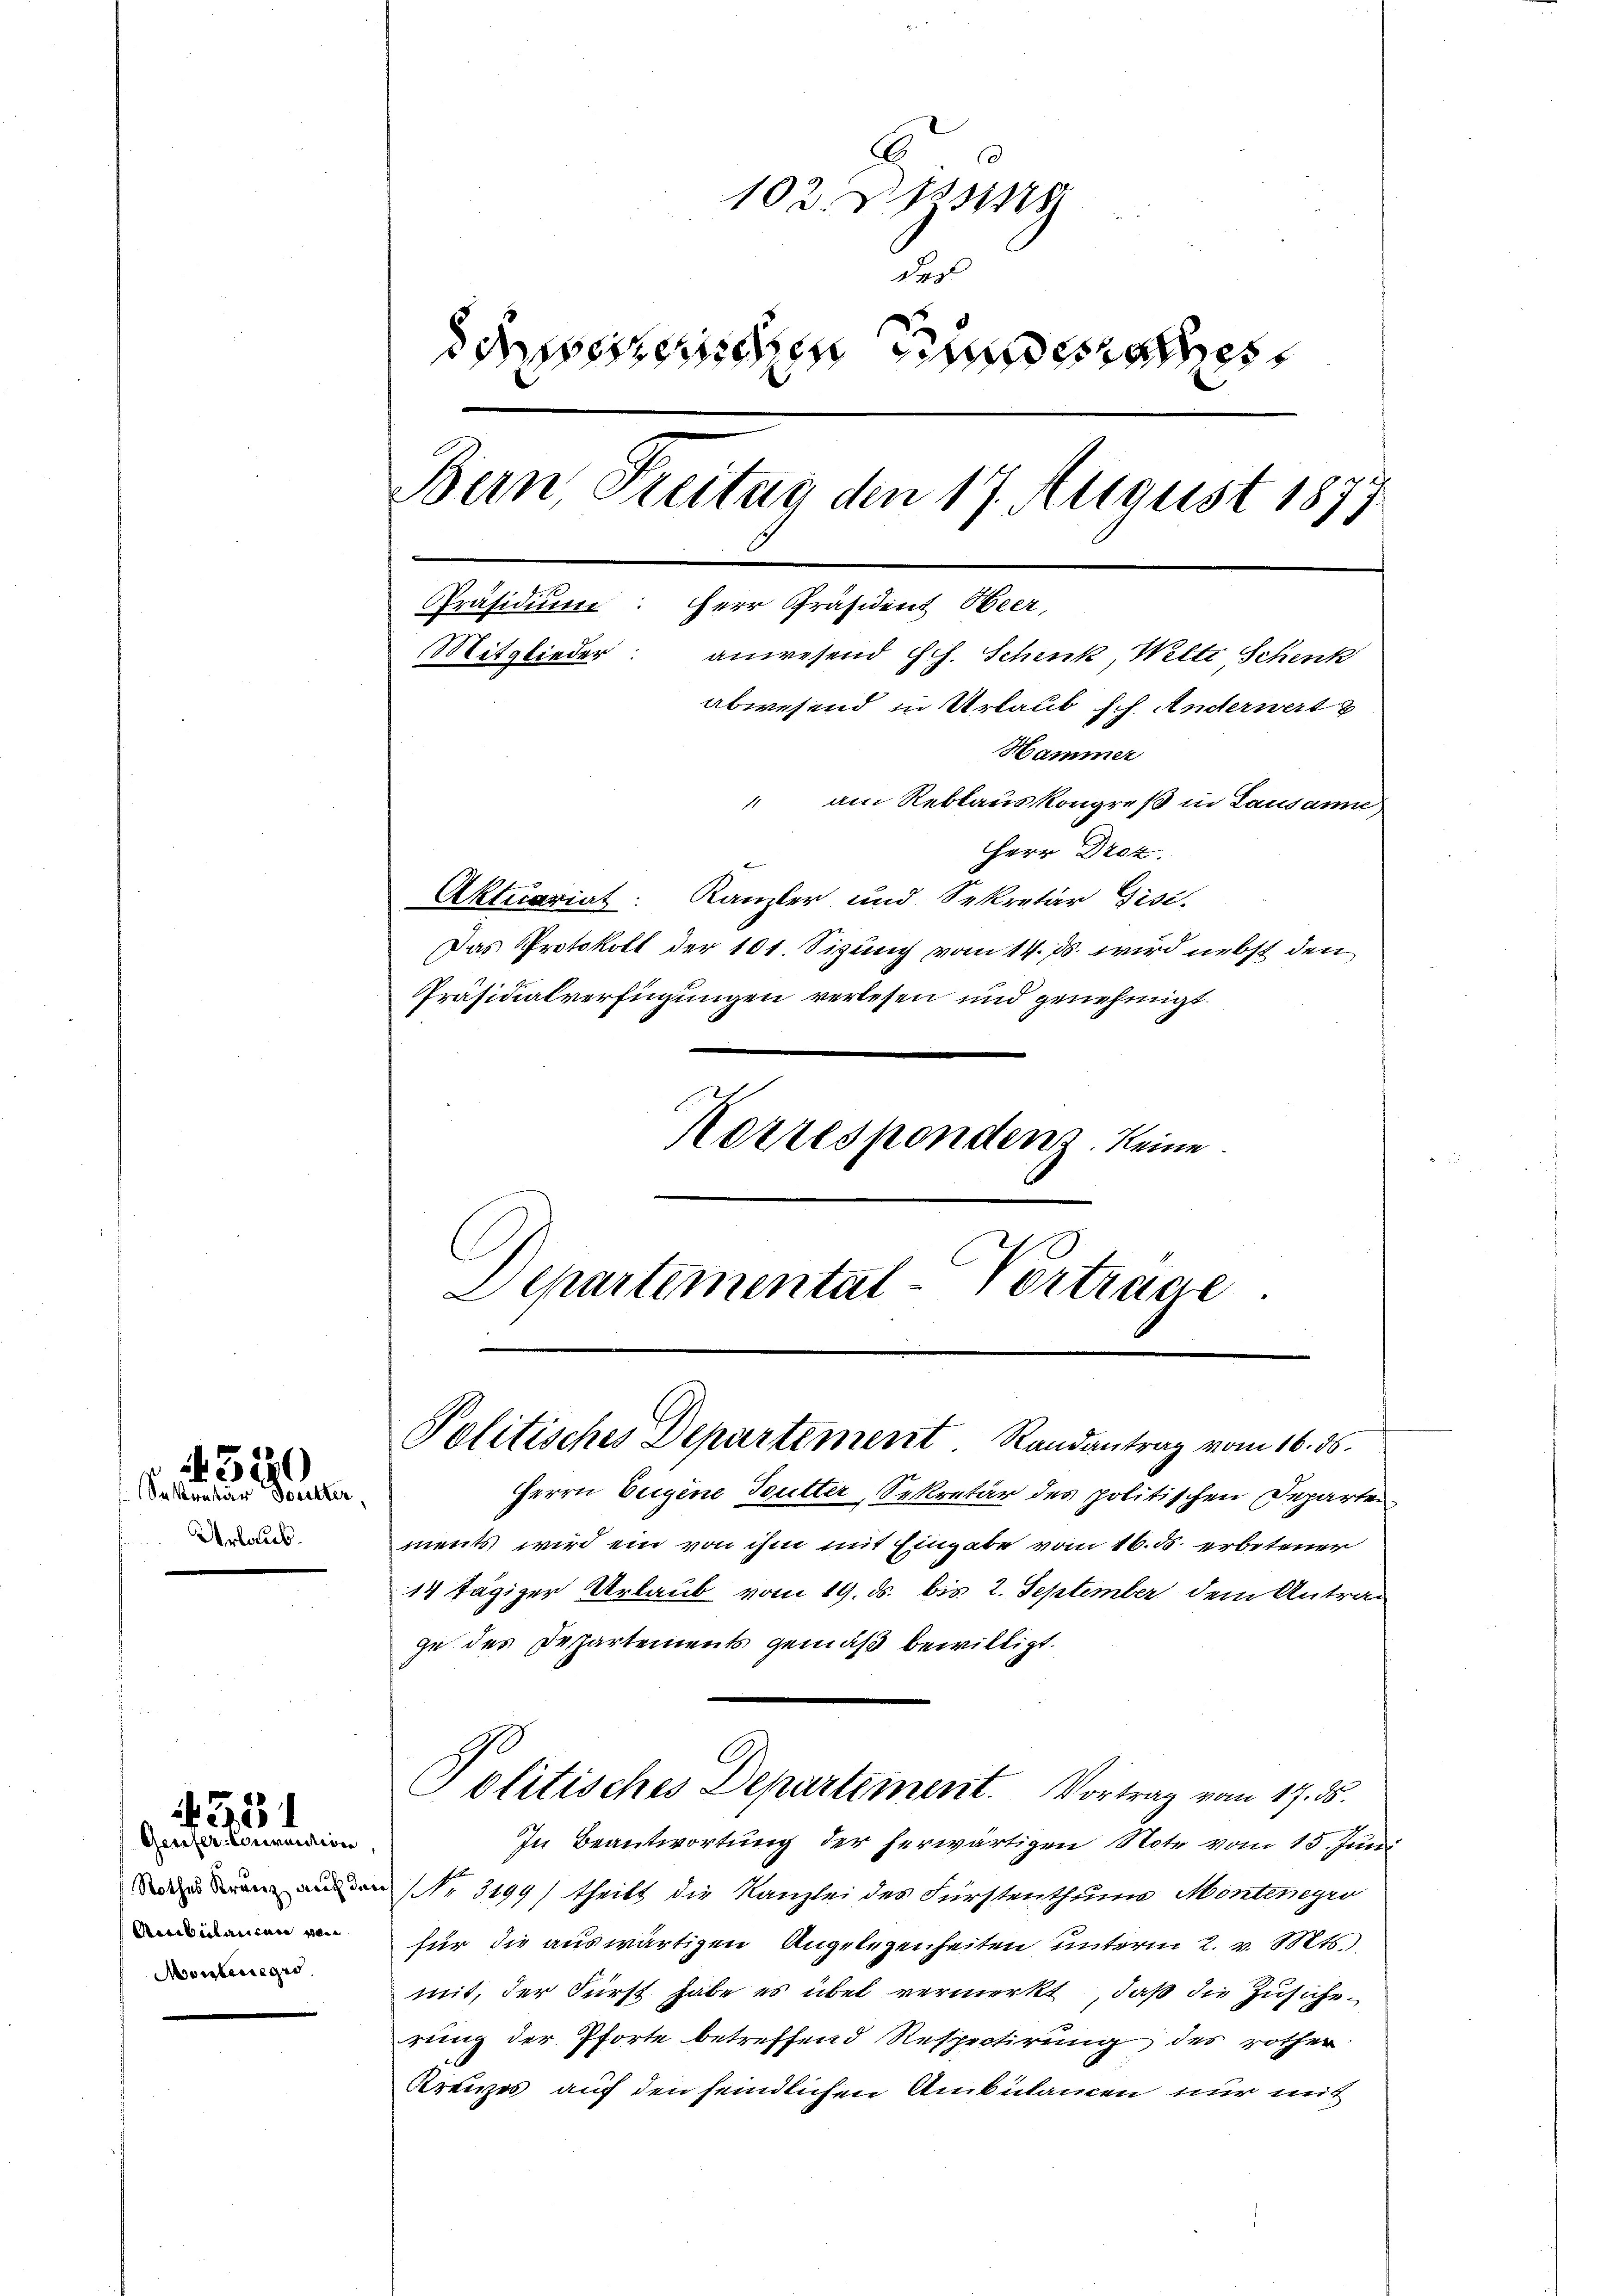
550
Sekretär Butter,

Urlaub.

Genfer-Convention
Ambülancen von
Monberegis

433

102. Z. 18
Das
desserenden Bundesrathes
Bern, Freitag den 17. August 1871
Präsidium: Herr Präsident Beer,
Mitglieder
anwesend Hch. Schenk, Welti Schenk
abwesend in Urlaub sch. Anderwert
Hammer
 am Reblauskongreß in Lausanne,
Herr Droz.
Aktuariat. Kanzler und Sekretär Gisi-
Das Protokoll der 101. Sizung vom 14. ds. wird nebst den
Präsidialverfügungen verlesen und genehmigt.

Korrespondenz. keine
Departemental-Vorträge.

Politisches Departement. Randantrag vom 16. ds.
Herrn Eigene Teutter, Sekretär des politischen Departen

ments wird ein von ihm mit Eingabe vom 16. ds. erbetener
14 tägiger Urlaub vom 19. ds. bis 2. September dem Antrag
ge des Departements gemäß bewilligt.
In Beantwortung der herwärtigen Note vom 15. Juni
den Nr. 3199/ theils die Kanzlei des Fürstenthum Montenegro
für die auswärtigen Angelegenheiten unterm 2. v. Mts.
mit, der Fürst habe es übel vermerkt, daß die Zusicherung der Pforte betreffend Resprotirung des rother
Kreuzes auf den feindlichen Ambulanen nur mit

Politisches Departement. Vortrag vom 17. ds.